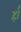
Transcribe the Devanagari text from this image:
र्हा